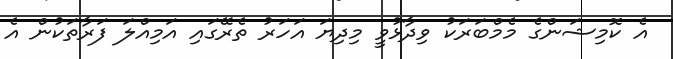
އެ ކޮމިޝަންގެ މެމްބަރަކު ވިދާޅުވީ މިދިޔަ އަހަރު ތެރޭގައި އަމިއްލަ ފަރާތަކުން އެ